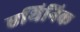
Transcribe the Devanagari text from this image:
एथिनिक